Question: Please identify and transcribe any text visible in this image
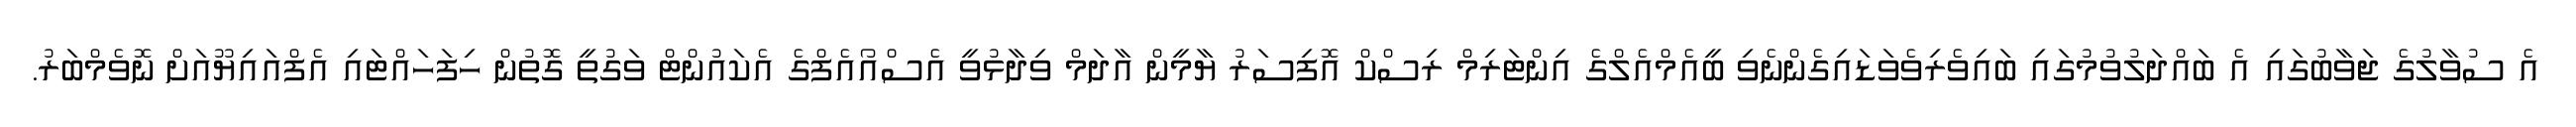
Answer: އެ ސުވާލުގެ ޖަވާބުގައި އެ ބައްދަލުވުމުގައި ބައިވެރިވެވަޑައިގެންނެވި ބީއެމްއެލްގެ އިންޓަރިމް ރިސްކް އޮފިސަރު ޔާމީން އާދަމް ވިދާޅުވީ އެސްއޯއެފްގެ އެކައުންޓް ވަގުތީ ގޮތުން ހިފަހައްޓައި އެފްއައިޔޫއަށް ނޮވެމްބަރު.